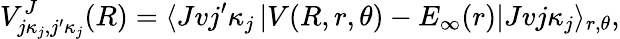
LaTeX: V_{j\kappa_{j},j^{\prime}\kappa_{j}}^{J}(R)=\langle Jvj^{\prime}\kappa_{j}\left|V(R,r,\theta)-E_{\infty}(r)\right|Jvj\kappa_{j}\rangle_{r,\theta},